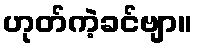
ဟုတ်ကဲ့ခင်ဗျာ။